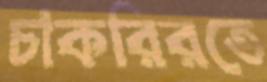
চাকরিরতে